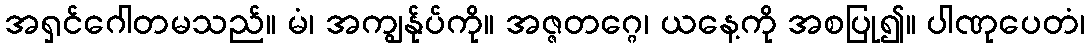
အရှင်ဂေါတမသည်။ မံ၊ အကျွန်ုပ်ကို။ အဇ္ဇတဂ္ဂေ၊ ယနေ့ကို အစပြု၍။ ပါဏုပေတံ၊